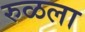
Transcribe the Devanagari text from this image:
रुळला